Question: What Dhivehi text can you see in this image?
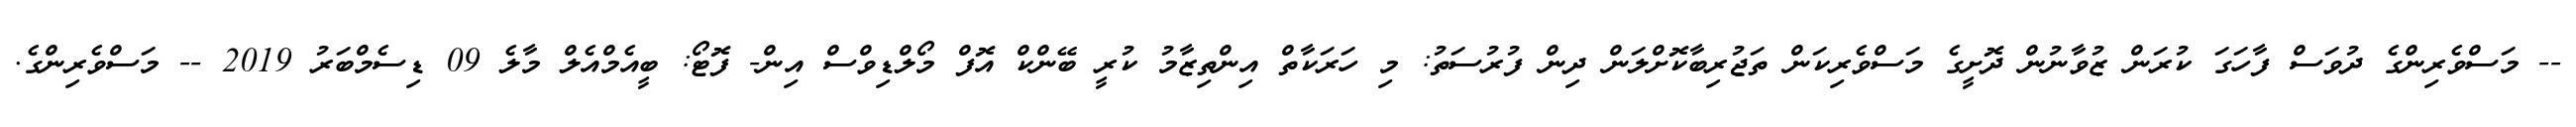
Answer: -- މަސްވެރިންގެ ދުވަސް ފާހަގަ ކުރަން ޒުވާނުން ދޮށީގެ މަސްވެރިކަން ތަޖުރިބާކޮށްލަން ދިން ފުރުސަތު: މި ހަރަކާތް އިންތިޒާމު ކުރީ ބޭންކް އޮފް މޯލްޑިވްސް އިން- ފޮޓޯ: ބީއެމްއެލް މާލެ 09 ޑިސެމްބަރު 2019 -- މަސްވެރިންގެ.